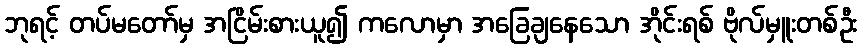
ဘုရင့် တပ်မတော်မှ အငြိမ်းစားယူ၍ ကလောမှာ အခြေချနေသော အိုင်းရစ် ဗိုလ်မှူးတစ်ဦး